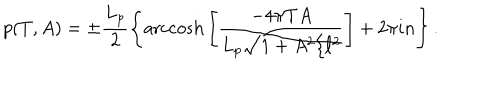
LaTeX: p ( T , A ) = \pm \frac { L _ { p } } { 2 } \left\{ \mathrm { a r c c o s h } \left[ \frac { - 4 \pi T A } { L _ { p } \sqrt { 1 + A ^ { 2 } / \ell ^ { 2 } } } \right] + 2 \pi i n \right\} .